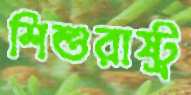
শিশুরাষ্ট্র